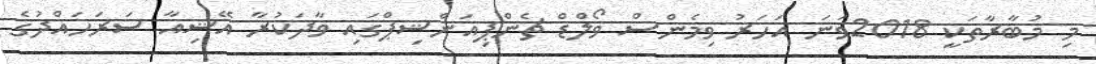
މި މުބާރާތަކީ 2018ވަނަ އަހަރު ވިމެންސް ވޯލްޑް ޗެންޕިއަންޝިޕްގައި ވާދަކުރާ އޭޝިއާ ސަރަހައްދުގެ